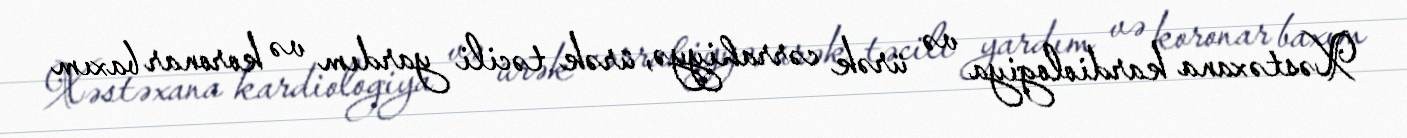
Xəstəxana kardiologiya və ürək cərrahiyyə, ürək təcili yardım və koronar baxım